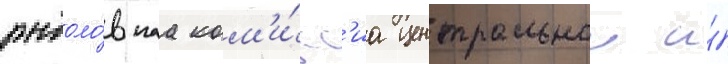
рыболо́внаа ком'и́сс'иа центральнои и́